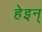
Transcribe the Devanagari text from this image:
हेइन्